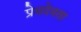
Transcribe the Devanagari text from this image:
प्रेमदेवता